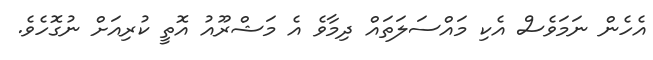
އެހެން ނަމަވެސް އެކި މައްސަލަތައް ދިމާވެ އެ މަޝްރޫއު އޮތީ ކުރިއަށް ނުގޮހެވެ.